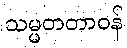
သမ္မတတာဝန်